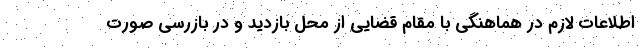
اطلاعات لازم در هماهنگی با مقام قضایی از محل بازدید و در بازرسی صورت